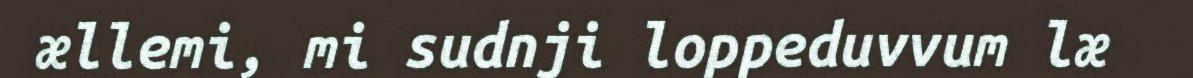
ællemi, mi sudnji loppeduvvum læ